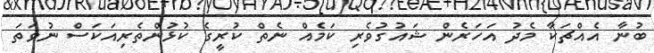
ބުނާ އެއްޗަކާ މެދު އަހަރެން ޝައުގުވެރި ކަމެއް ނެތް ކުރީގެ ކުޅުންތެރިއަކަސް ނުވަތަ